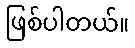
ဖြစ်ပါတယ်။